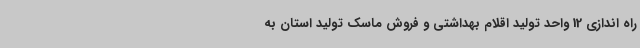
راه اندازی 12 واحد تولید اقلام بهداشتی و فروش ماسک تولید استان به